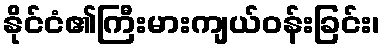
နိုင်ငံ၏ကြီးမားကျယ်ဝန်းခြင်း၊